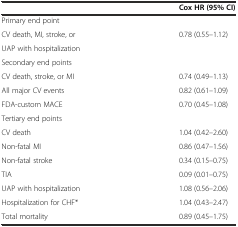
<table><thead><tr><td>[EMPTY_CELL]</td><td><b>Cox HR (95% CI)</b></td></tr></thead><tbody><tr><td>Primary end point</td><td>[EMPTY_CELL]</td></tr><tr><td>CV death, MI, stroke, or</td><td>0.78 (0.55–1.12)</td></tr><tr><td>UAP with hospitalization</td><td>[EMPTY_CELL]</td></tr><tr><td>Secondary end points</td><td>[EMPTY_CELL]</td></tr><tr><td>CV death, stroke, or MI</td><td>0.74 (0.49–1.13)</td></tr><tr><td>All major CV events</td><td>0.82 (0.61–1.09)</td></tr><tr><td>FDA-custom MACE</td><td>0.70 (0.45–1.08)</td></tr><tr><td>Tertiary end points</td><td>[EMPTY_CELL]</td></tr><tr><td>CV death</td><td>1.04 (0.42–2.60)</td></tr><tr><td>Non-fatal MI</td><td>0.86 (0.47–1.56)</td></tr><tr><td>Non-fatal stroke</td><td>0.34 (0.15–0.75)</td></tr><tr><td>TIA</td><td>0.09 (0.01–0.75)</td></tr><tr><td>UAP with hospitalization</td><td>1.08 (0.56–2.06)</td></tr><tr><td>Hospitalization for CHF*</td><td>1.04 (0.43–2.47)</td></tr><tr><td>Total mortality</td><td>0.89 (0.45–1.75)</td></tr></tbody></table>